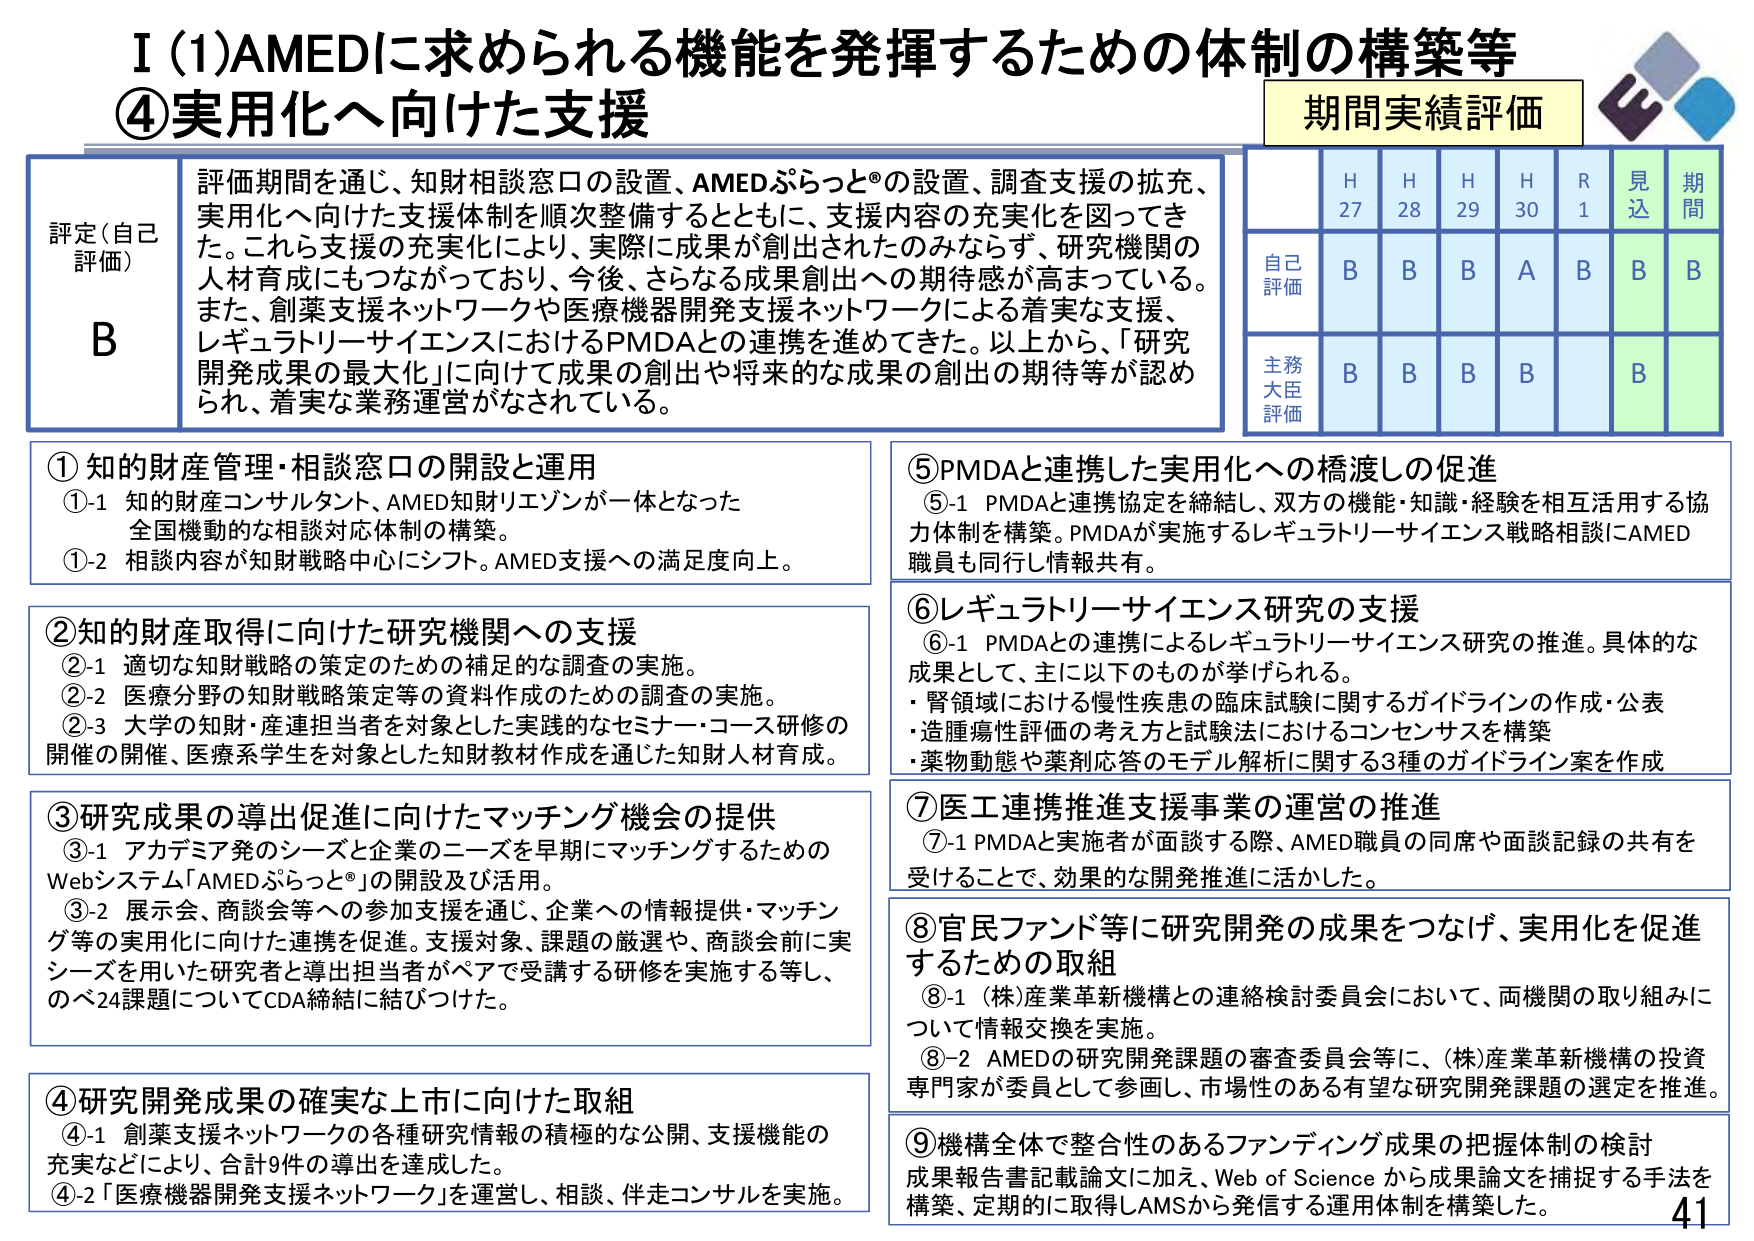
I (1) AMEDに求められる機能を発揮するための体制の構築等
④実用化へ向けた支援

期間実績評価

評定（自己評価）
B

評価期間を通じ、知財相談窓口の設置、AMEDぷらっと®の設置、調査支援の拡充、実用化へ向けた支援体制を順次整備するとともに、支援内容の充実化を図ってきた。これら支援の充実化により、実際に成果が創出されたのみならず、研究機関の人材育成にもつながっており、今後、さらなる成果創出への期待感が高まっている。また、創業支援ネットワークや医療機器開発支援ネットワークによる着実な支援、レギュラトリーサイエンスにおけるPMDAとの連携を進めてきた。以上から、「研究開発成果の最大化」に向けて成果の創出や将来的な成果の創出の期待等が認められ、着実な業務運営がなされている。

①知的財産管理・相談窓口の開設と運用
①-1 知的財産コンサルタント、AMED知財リゾンが一体となった全国機動的な相談対応体制の構築。
①-2 相談内容が知財戦略中心にシフト。AMED支援への満足度向上。

②知的財産取得に向けた研究機関への支援
②-1 適切な知財戦略の策定のための補足的な調査の実施。
②-2 医療分野の知財戦略策定等の資料作成のための調査の実施。
②-3 大学の知財・産連担当者を対象とした実践的なセミナー・コース研修の開催の開催、医療系学生を対象とした知財教材作成を通じた知財人材育成。

③研究成果の導出促進に向けたマッチング機会の提供
③-1 アカデミア発のシーズと企業のニーズを早期にマッチングするためのWebシステム「AMEDぷらっと®」の開設及び活用。
③-2 展示会、商談会等への参加支援を通じ、企業への情報提供・マッチング等の実用化に向けた連携を促進。支援対象、課題の厳選や、商談会前に実シーズを用いた研究者と導出担当者がペアで受講する研修を実施する等し、のべ24課題についてCDA締結に結びつけた。

④研究開発成果の確実な上市に向けた取組
④-1 創業支援ネットワークの各種研究情報の積極的な公開、支援機能の充実などにより、合計9件の導出を達成した。
④-2 「医療機器開発支援ネットワーク」を運営し、相談、伴走コンサルを実施。

⑤PMDAと連携した実用化への橋渡しの促進
⑤-1 PMDAと連携協定を締結し、双方の機能・知識・経験を相互活用する協力体制を構築。PMDAが実施するレギュラトリーサイエンス戦略相談にAMED職員も同行し情報共有。

⑥レギュラトリーサイエンス研究の支援
⑥-1 PMDAとの連携によるレギュラトリーサイエンス研究の推進。具体的な成果として、主に以下のものが挙げられる。
・腎領域における慢性疾患の臨床試験に関するガイドラインの作成・公表
・造腫瘍性評価の考え方と試験法におけるコンセンサスを構築
・薬物動態や薬剤応答のモデル解析に関する3種のガイドライン案を作成

⑦医工連携推進支援事業の運営の推進
⑦-1 PMDAと実施者が面談する際、AMED職員の同席や面談記録の共有を受けることで、効果的な開発推進に活かした。

⑧官民ファンド等に研究開発の成果をつなげ、実用化を促進するための取組
⑧-1 （株）産業革新機構との連絡検討委員会において、両機関の取り組みについて情報交換を実施。
⑧-2 AMEDの研究開発課題の審査委員会等に、（株）産業革新機構の投資専門家が委員として参画し、市場性のある有望な研究開発課題の選定を推進。

⑨機構全体で整合性のあるファンディング成果の把握体制の検討
成果報告書記載論文に加え、Web of Science から成果論文を捕捉する手法を構築、定期的に取得しAMSから発信する運用体制を構築した。

H 27 H 28 H 29 H 30 R 1 見込 期間
自己評価 B B B A B B B
主務大臣評価 B B B B B

41